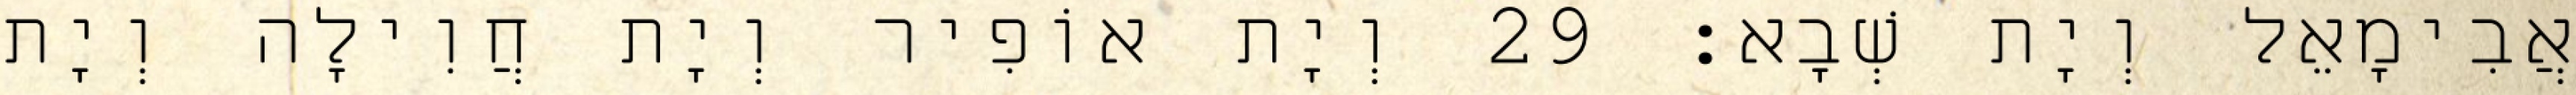
אֲבִימָאֵל וְיָת שְׁבָא׃ 29 וְיָת אוֹפִיר וְיָת חֲוִילָה וְיָת